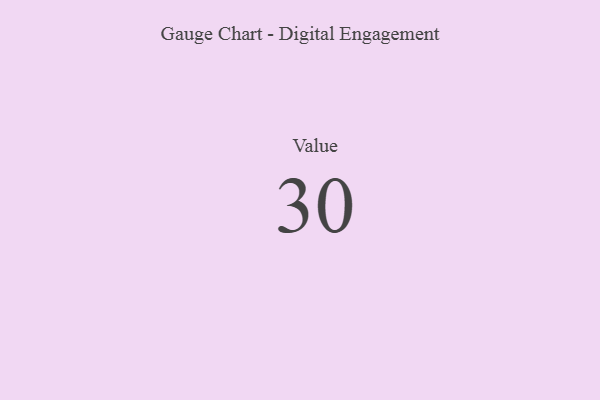
{"axis": {"x": "Metric", "y": "Value"}, "legend": [""], "data": [{"x": "Value", "y": 30, "type": ""}]}